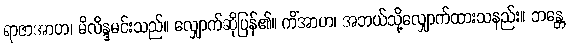
ရာဇာအာဟ၊ မိလိန္ဒမင်းသည်။ လျှောက်ဆိုပြန်၏။ ကိံအာဟ၊ အဘယ်သို့လျှောက်ထားသနည်း။ ဘန္တေ